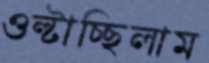
ওল্‌টাচ্ছিলাম